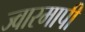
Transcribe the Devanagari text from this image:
ज्वारमापी